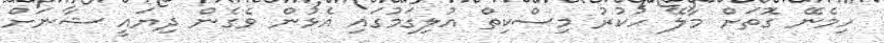
ހިމެނޭ ގޮތަށް މާލޭ ހުކުރު މިސްކިތް އުލިގަމުގައި އެޅުން ވެގެން ދިޔައީ ޝާނަށް